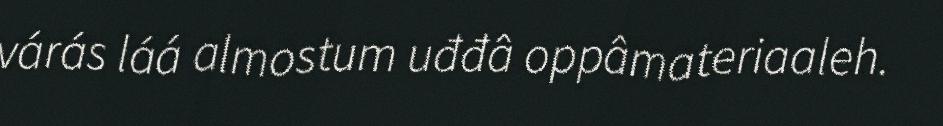
várás láá almostum uđđâ oppâmateriaaleh.